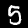
Label: 5